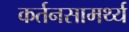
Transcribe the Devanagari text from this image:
कर्तनसामर्थ्य